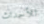
للأحداث